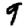
Digit: 9